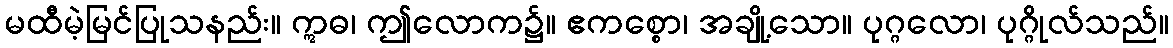
မထီမဲ့မြင်ပြုသနည်း။ ဣဓ၊ ဤလောက၌။ ဧကစ္စော၊ အချို့သော။ ပုဂ္ဂလော၊ ပုဂ္ဂိုလ်သည်။